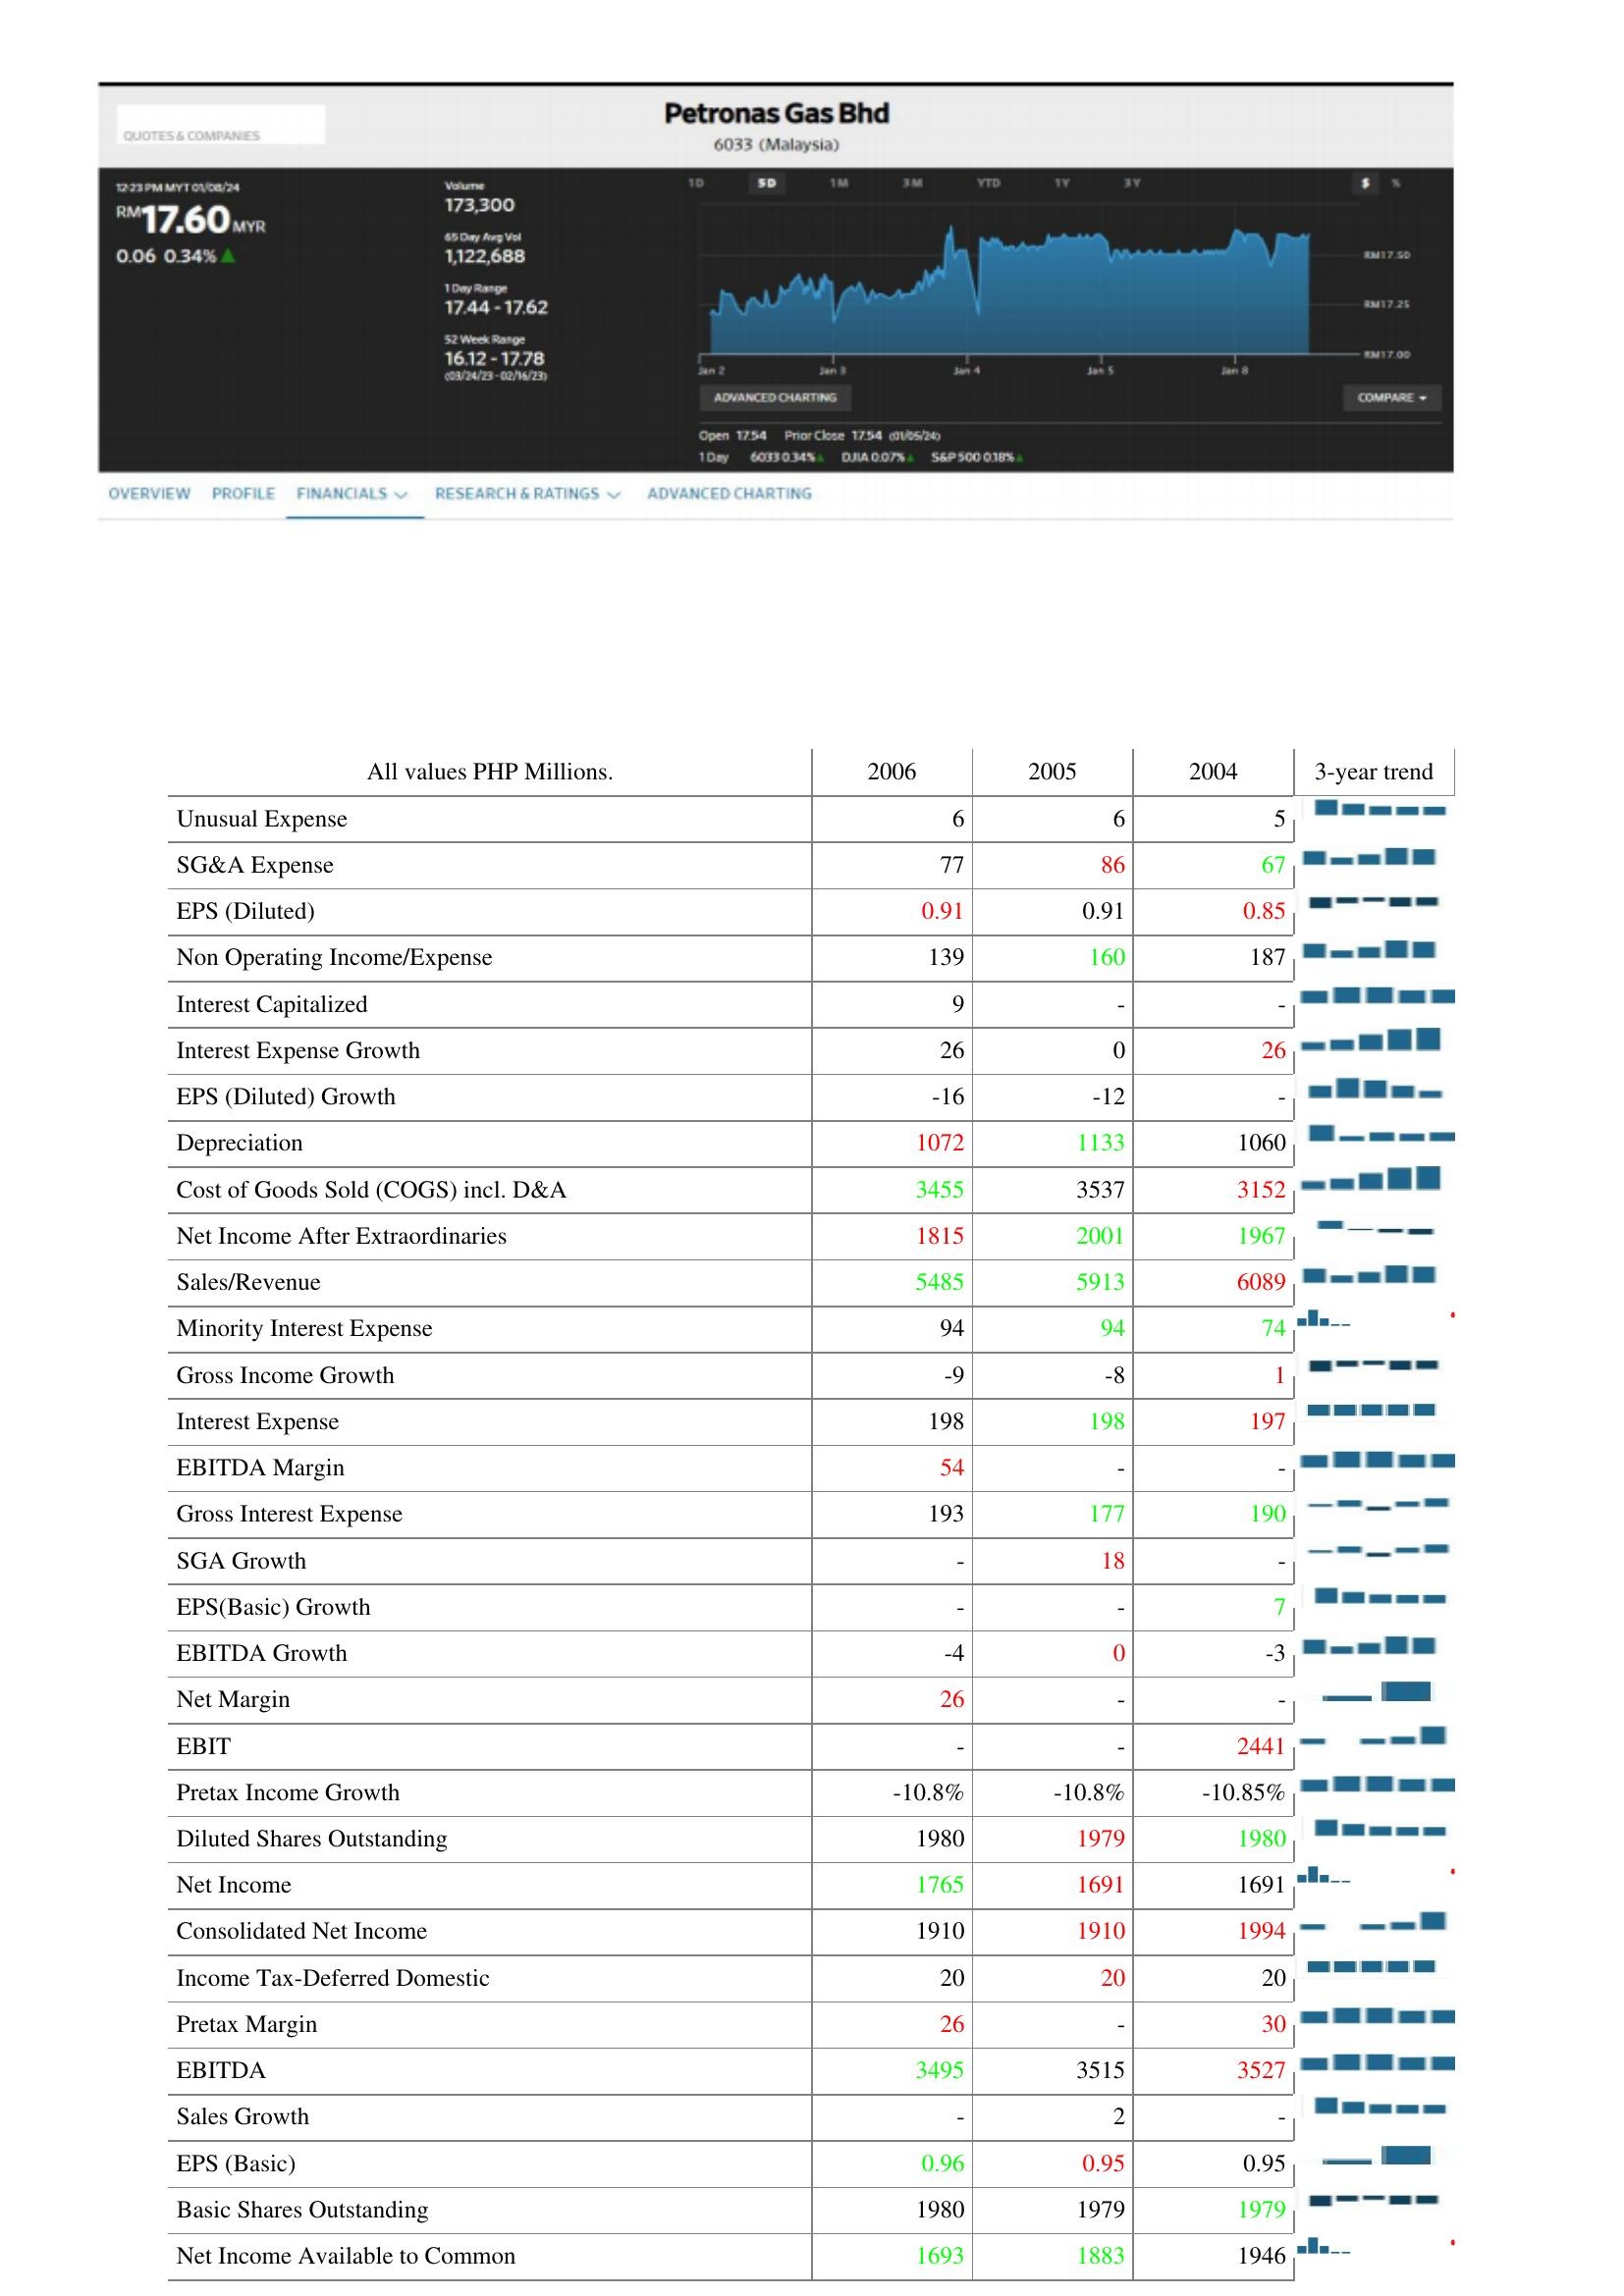
2006: : Unusual Expense: 6
SG&A Expense: 77
EPS (Diluted): 0.91
Non Operating Income/Expense: 139
Interest Capitalized: 9
Interest Expense Growth: 26
EPS (Diluted) Growth: -16
Depreciation: 1072
Cost of Goods Sold (COGS) incl. D&A: 3455
Net Income After Extraordinaries: 1815
Sales/Revenue: 5485
Minority Interest Expense: 94
Gross Income Growth: -9
Interest Expense: 198
EBITDA Margin: 54
Gross Interest Expense: 193
SGA Growth: -
EPS(Basic) Growth: -
EBITDA Growth: -4
Net Margin: 26
EBIT: -
Pretax Income Growth: -10.8%
Diluted Shares Outstanding: 1980
Net Income: 1765
Consolidated Net Income: 1910
Income Tax-Deferred Domestic: 20
Pretax Margin: 26
EBITDA: 3495
Sales Growth: -
EPS (Basic): 0.96
Basic Shares Outstanding: 1980
Net Income Available to Common: 1693
2005: : Unusual Expense: 6
SG&A Expense: 86
EPS (Diluted): 0.91
Non Operating Income/Expense: 160
Interest Capitalized: -
Interest Expense Growth: 0
EPS (Diluted) Growth: -12
Depreciation: 1133
Cost of Goods Sold (COGS) incl. D&A: 3537
Net Income After Extraordinaries: 2001
Sales/Revenue: 5913
Minority Interest Expense: 94
Gross Income Growth: -8
Interest Expense: 198
EBITDA Margin: -
Gross Interest Expense: 177
SGA Growth: 18
EPS(Basic) Growth: -
EBITDA Growth: 0
Net Margin: -
EBIT: -
Pretax Income Growth: -10.8%
Diluted Shares Outstanding: 1979
Net Income: 1691
Consolidated Net Income: 1910
Income Tax-Deferred Domestic: 20
Pretax Margin: -
EBITDA: 3515
Sales Growth: 2
EPS (Basic): 0.95
Basic Shares Outstanding: 1979
Net Income Available to Common: 1883
2004: : Unusual Expense: 5
SG&A Expense: 67
EPS (Diluted): 0.85
Non Operating Income/Expense: 187
Interest Capitalized: -
Interest Expense Growth: 26
EPS (Diluted) Growth: -
Depreciation: 1060
Cost of Goods Sold (COGS) incl. D&A: 3152
Net Income After Extraordinaries: 1967
Sales/Revenue: 6089
Minority Interest Expense: 74
Gross Income Growth: 1
Interest Expense: 197
EBITDA Margin: -
Gross Interest Expense: 190
SGA Growth: -
EPS(Basic) Growth: 7
EBITDA Growth: -3
Net Margin: -
EBIT: 2441
Pretax Income Growth: -10.85%
Diluted Shares Outstanding: 1980
Net Income: 1691
Consolidated Net Income: 1994
Income Tax-Deferred Domestic: 20
Pretax Margin: 30
EBITDA: 3527
Sales Growth: -
EPS (Basic): 0.95
Basic Shares Outstanding: 1979
Net Income Available to Common: 1946